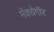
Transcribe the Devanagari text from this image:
मॅकग्रेगॉर